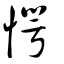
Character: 愕